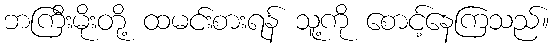
ဘကြီးမိုးတို့ ထမင်းစားရန် သူ့ကို စောင့်နေကြသည်။